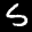
Label: 5